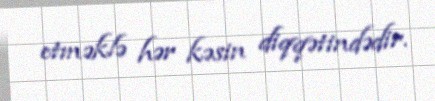
etməklə hər kəsin diqqətindədir.